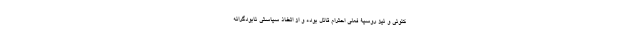
کنونی و نیز روسیۀ فعلی احترام قائل بوده و از اتخاذ سیاستی نابودگرانه